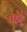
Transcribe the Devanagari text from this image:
तहो